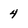
Character: 4